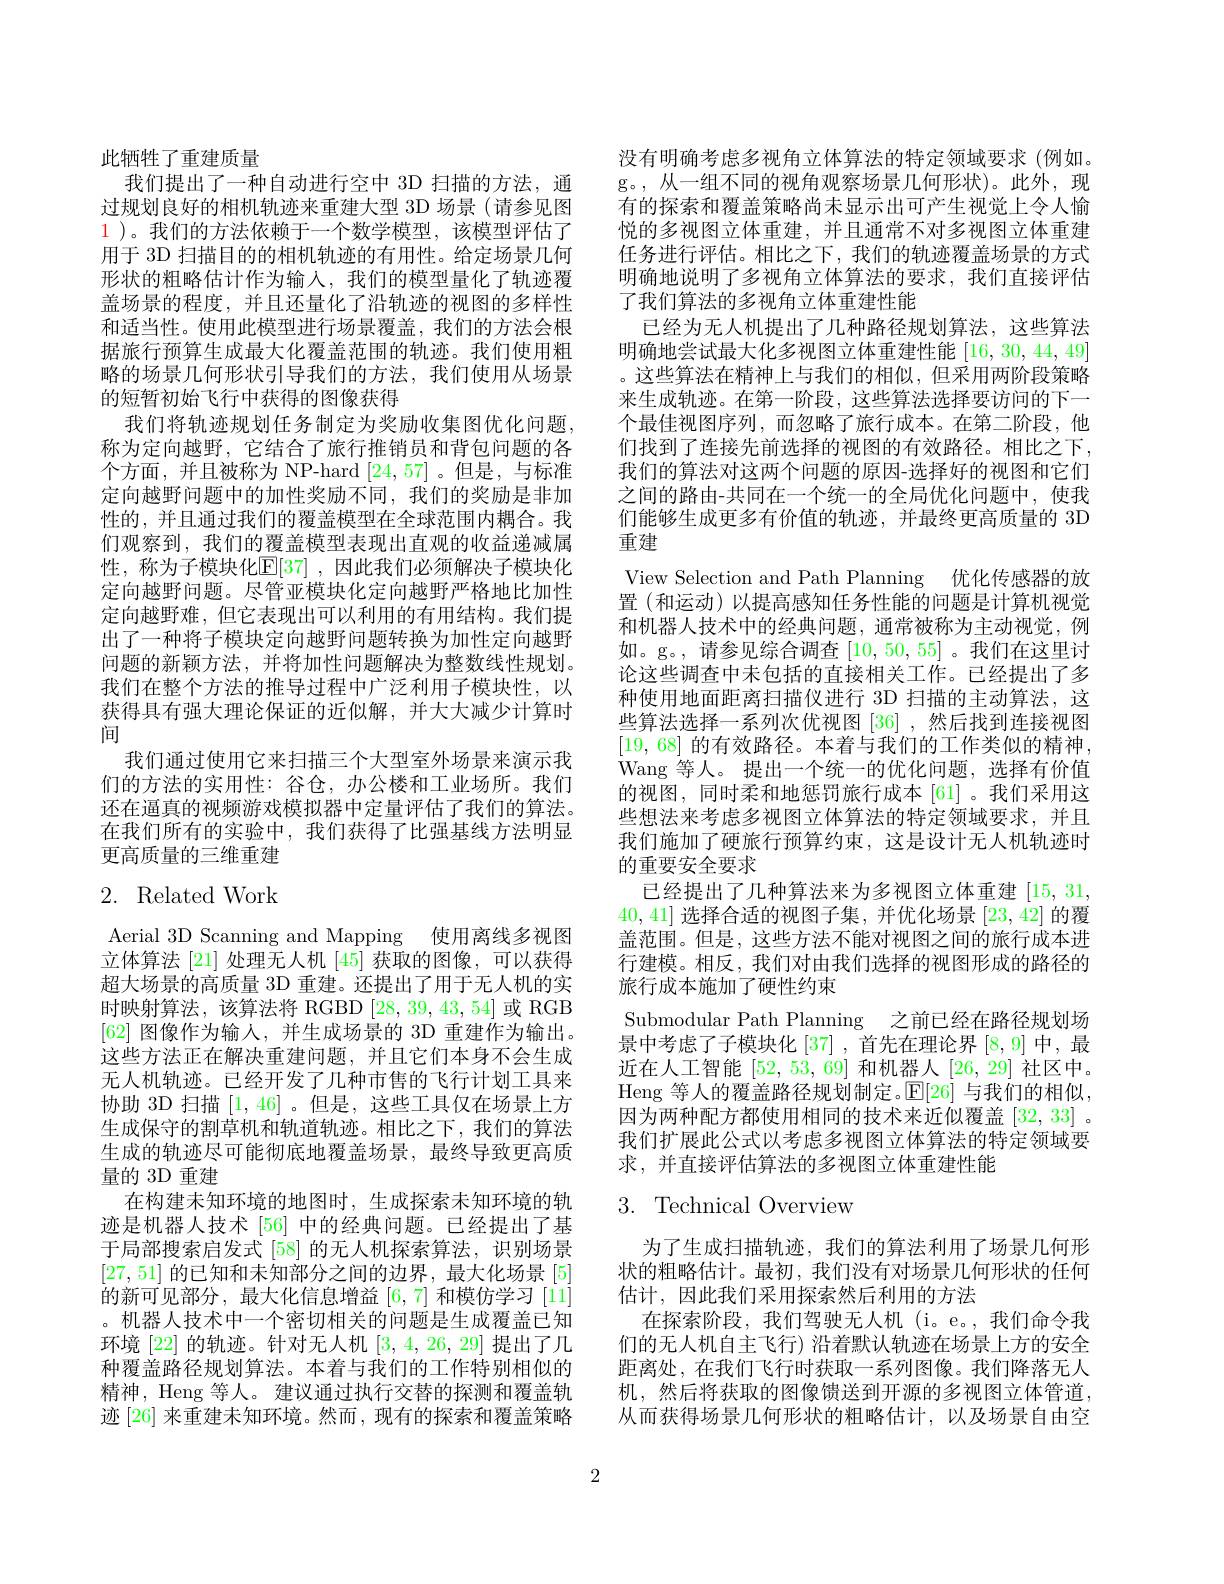
此牺牲了重建质量
我们提出了一种自动进行空中 3D 扫描的方法，通过规划良好的相机轨迹来重建大型 3D 场景 (请参见图$\color{red}1$ )。我们的方法依赖于一个数学模型，该模型评估了用于 3D 扫描目的的相机轨迹的有用性。给定场景几何形状的粗略估计作为输入，我们的模型量化了轨迹覆盖场景的程度，并且还量化了沿轨迹的视图的多样性和适当性。使用此模型进行场景覆盖，我们的方法会根据旅行预算生成最大化覆盖范围的轨迹。我们使用粗略的场景几何形状引导我们的方法，我们使用从场景的短暂初始飞行中获得的图像获得
我们将轨迹规划任务制定为奖励收集图优化问题， 称为定向越野，它结合了旅行推销员和背包问题的各个方面，并且被称为 NP-hard [24,57] 。但是，与标准定向越野问题中的加性奖励不同，我们的奖励是非加性的，并且通过我们的覆盖模型在全球范围内耦合。我们观察到，我们的覆盖模型表现出直观的收益递减属性，称为子模块化$\mathbb{E}[37]$ ,因此我们必须解决子模块化定向越野问题。尽管亚模块化定向越野严格地比加性定向越野难，但它表现出可以利用的有用结构。我们提出了一种将子模块定向越野问题转换为加性定向越野问题的新颖方法，并将加性问题解决为整数线性规划。我们在整个方法的推导过程中广泛利用子模块性，以获得具有强大理论保证的近似解，并大大减少计算时间
我们通过使用它来扫描三个大型室外场景来演示我们的方法的实用性：谷仓，办公楼和工业场所。我们还在逼真的视频游戏模拟器中定量评估了我们的算法。在我们所有的实验中，我们获得了比强基线方法明显更高质量的三维重建

# 2. Related Work

Aerial 3D Scanning and Mapping 使用离线多视图立体算法 [21] 处理无人机 [45] 获取的图像，可以获得超大场景的高质量 3D 重建。还提出了用于无人机的实时映射算法，该算法将 RGBD [28,39,43,54]或 RGB [62]图像作为输人，并生成场景的 3D 重建作为输出。这些方法正在解决重建问题，并且它们本身不会生成无人机轨迹。已经开发了几种市售的飞行计划工具来协助 3D 扫描[1,46] 。但是，这些工具仅在场景上方生成保守的割草机和轨道轨迹。相比之下，我们的算法生成的轨迹尽可能彻底地覆盖场景，最终导致更高质量的 3D 重建
在构建未知环境的地图时，生成探索未知环境的轨迹是机器人技术 [56] 中的经典问题。已经提出了基于局部搜索启发式 [58] 的无人机探索算法，识别场景[27,51]的已知和未知部分之间的边界，最大化场景[5] 的新可见部分，最大化信息增益[6,7]和模仿学习 [11] 。机器人技术中一个密切相关的问题是生成覆盖已知环境[22]的轨迹。针对无人机[3,4,26,29]提出了几种覆盖路径规划算法。本着与我们的工作特别相似的精神，Heng 等人。建议通过执行交替的探测和覆盖轨迹[26]来重建未知环境。然而，现有的探索和覆盖策略

没有明确考虑多视角立体算法的特定领域要求(例如。g。,从一组不同的视角观察场景几何形状)。此外，现有的探索和覆盖策略尚未显示出可产生视觉上令人愉悦的多视图立体重建，并且通常不对多视图立体重建任务进行评估。相比之下，我们的轨迹覆盖场景的方式明确地说明了多视角立体算法的要求，我们直接评估了我们算法的多视角立体重建性能
已经为无人机提出了几种路径规划算法，这些算法明确地尝试最大化多视图立体重建性能[16,30,44,49] 。这些算法在精神上与我们的相似，但采用两阶段策略来生成轨迹。在第一阶段，这些算法选择要访问的下一个最佳视图序列，而忽略了旅行成本。在第二阶段，他们找到了连接先前选择的视图的有效路径。相比之下， 我们的算法对这两个问题的原因-选择好的视图和它们之间的路由-共同在一个统一的全局优化问题中，使我们能够生成更多有价值的轨迹，并最终更高质量的 3D 重建
View Selection and Path Planning 优化传感器的放置 (和运动) 以提高感知任务性能的问题是计算机视觉和机器人技术中的经典问题，通常被称为主动视觉，例如。g。, 请参见综合调查[10,50,55] 。我们在这里讨论这些调查中未包括的直接相关工作。已经提出了多种使用地面距离扫描仪进行 3D 扫描的主动算法，这些算法选择一系列次优视图[36] ,然后找到连接视图[19,68] 的有效路径。本着与我们的工作类似的精神， Wang 等人。提出一个统一的优化问题，选择有价值的视图，同时柔和地惩罚旅行成本 [61]。我们采用这些想法来考虑多视图立体算法的特定领域要求，并且我们施加了硬旅行预算约束，这是设计无人机轨迹时的重要安全要求
已经提出了几种算法来为多视图立体重建[15,31, 40, 41]选择合适的视图子集，并优化场景[23, 42]的覆盖范围。但是，这些方法不能对视图之间的旅行成本进行建模。相反，我们对由我们选择的视图形成的路径的旅行成本施加了硬性约束
Submodular Path Planning 之前已经在路径规划场景中考虑了子模块化[37] ,首先在理论界[8,9]中，最近在人工智能[52,53,69]和机器人 [26, 29] 社区中。$\operatorname{Heng}$等人的覆盖路径规划制定。$\operatorname{E}[26]$与我们的相似， 因为两种配方都使用相同的技术来近似覆盖[32,33] 。我们扩展此公式以考虑多视图立体算法的特定领域要求，并直接评估算法的多视图立体重建性能
3. Technical Overview

为了生成扫描轨迹，我们的算法利用了场景几何形状的粗略估计。最初，我们没有对场景几何形状的任何估计，因此我们采用探索然后利用的方法
在探索阶段，我们驾驶无人机(i。e。,我们命令我们的无人机自主飞行) 沿着默认轨迹在场景上方的安全距离处，在我们飞行时获取一系列图像。我们降落无人机，然后将获取的图像馈送到开源的多视图立体管道， 从而获得场景几何形状的粗略估计，以及场景自由空

2